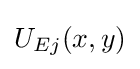
U_{Ej}(x,y)